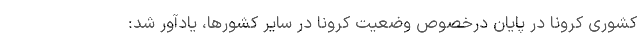
کشوری کرونا در پایان درخصوص وضعیت کرونا در سایر کشورها، یادآور شد: